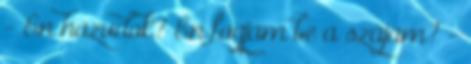
- Én hazudok? Én fogjam be a szájam? -